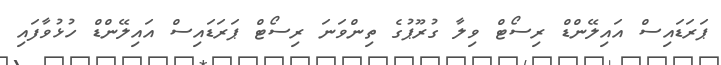
ޕަރަޑައިސް އައިލޭންޑް ރިސޯޓް ވިލާ ގުރޫޕުގެ ތިންވަނަ ރިސޯޓް ޕަރަޑައިސް އައިލޭންޑް ހުޅުވާފައި